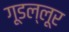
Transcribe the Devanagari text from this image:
गूडल्लूर